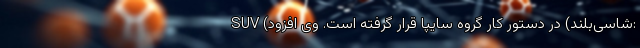
SUV (شاسی‌بلند) در دستور کار گروه سایپا قرار گرفته است. وی افزود: